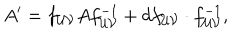
LaTeX: A ^ { \prime } = f _ { { \cal { U } } { \cal { V } } } A f _ { { \cal { U } } { \cal { V } } } ^ { - 1 } + d f _ { { \cal { U } } { \cal { V } } } \cdot f _ { { \cal { U } } { \cal { V } } } ^ { - 1 } ,